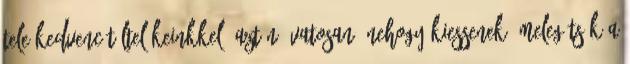
tele kedvenc töltelékeinkkel, aztán óvatosan, nehogy kiessenek, melegítsük a